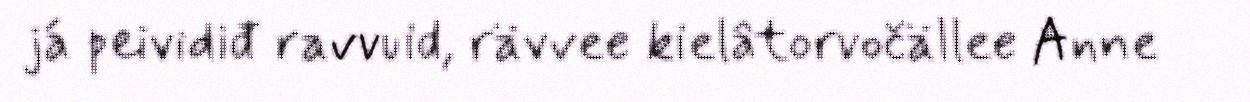
já peividiđ ravvuid, rävvee kielâtorvočällee Anne